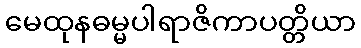
မေထုနဓမ္မပါရာဇိကာပတ္တိယာ